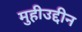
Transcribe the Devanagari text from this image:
मुहीउद्दीन